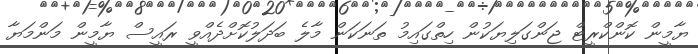
ޔާމީން ކޮންކްރީޓް ޖަންގަލިޔަކުން ހިތްގައިމު ތަނަކަން މާލެ ބަދަލުކޮށްދެއްވީ ރައީސް ޔާމީން މަންމަޔާ